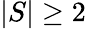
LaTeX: |S|\ge 2